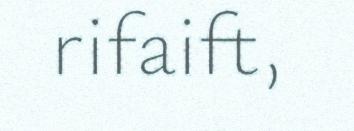
rifaift,